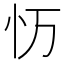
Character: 𭜌